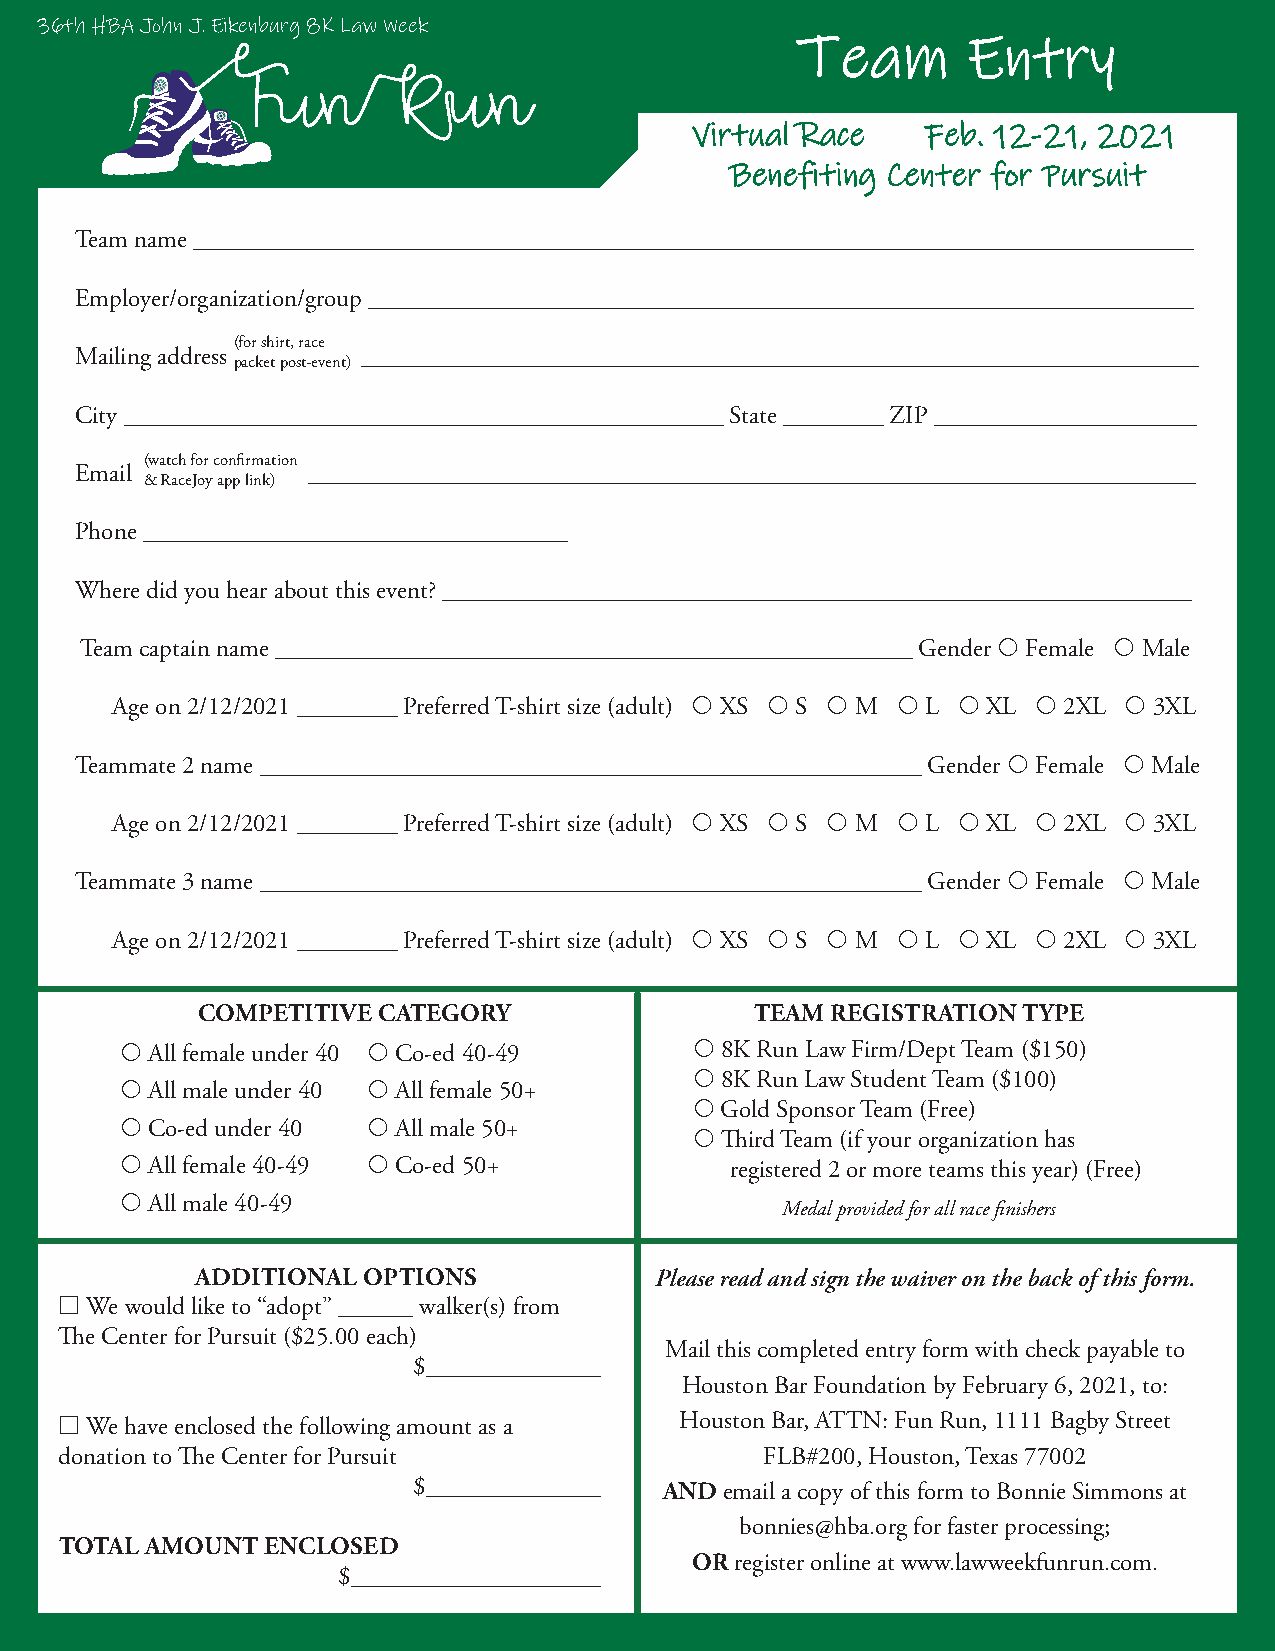
36th HBA John J. Eikenburg 8K Law Week
 TTeeaamm   EEnnttrryy
 Virtual Race   Feb. 12-21, 2021
 Benefiting Center for Pursuit
 Team name ________________________________________________________________________________
 Employer/organization/group __________________________________________________________________
 (for shirt, race
 Mailing address    ___________________________________________________________________
 packet post-event)
 City ________________________________________________ State ________ ZIP _____________________
 (watch for confirmation
 Email          _______________________________________________________________________
 & RaceJoy app link)
 Phone __________________________________
 Where did you hear about this event? ____________________________________________________________
 Team captain name ___________________________________________________ Gender  Female  Male
 Age on 2/12/2021 ________ Preferred T-shirt size (adult)  XS  S  M  L  XL  2XL  3XL
 Teammate 2 name _____________________________________________________ Gender  Female  Male
 Age on 2/12/2021 ________ Preferred T-shirt size (adult)  XS  S  M  L  XL  2XL  3XL
 Teammate 3 name _____________________________________________________ Gender  Female  Male
 Age on 2/12/2021 ________ Preferred T-shirt size (adult)  XS  S  M  L  XL  2XL  3XL
 COMPETITIVE CATEGORY                 TEAM REGISTRATION TYPE
  All female under 40  Co-ed 40-49    8K Run Law Firm/Dept Team ($150)
  8K Run Law Student Team ($100)
  All male under 40  All female 50+
  Gold Sponsor Team (Free)
  Co-ed under 40  All male 50+
  Third Team (if your organization has
  All female 40-49  Co-ed 50+          registered 2 or more teams this year) (Free)
  All male 40-49
 Medal provided for all race finishers
 ADDITIONAL OPTIONS            Please read and sign the waiver on the back of this form.
  We would like to “adopt” ______ walker(s) from
 The Center for Pursuit ($25.00 each)
 Mail this completed entry form with check payable to
 $______________
 Houston Bar Foundation by February 6, 2021, to:
  We have enclosed the following amount as a Houston Bar, ATTN: Fun Run, 1111 Bagby Street
 donation to The Center for Pursuit             FLB#200, Houston, Texas 77002
 $______________  AND email a copy of this form to Bonnie Simmons at
 bonnies@hba.org for faster processing;
 TOTAL AMOUNT ENCLOSED
 OR register online at www.lawweekfunrun.com.
 $____________________